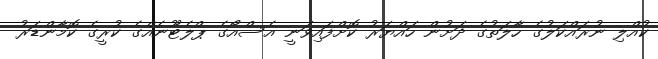
ކުއްލި ނުރައްކަލުގެ ހާލަތުގެ ދަށުން ހައްޔަރު ކޮށްފައިވަނީ އެސްއޯގެ ޕްލެޓޫނެއްގެ ކުރީގެ ކޮމާންޑަރު